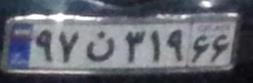
۹۷ن۳۱۹۶۶